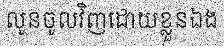
លូនចូលវិញដោយខ្លួនឯង